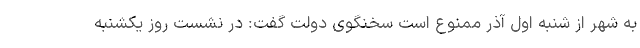
به شهر از شنبه اول آذر ممنوع است سخنگوی دولت گفت: در نشست روز یکشنبه